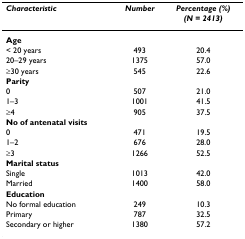
| Characteristic | Number | Percentage (%)(N = 2413) |
 | --- | --- | --- |
 | Age |  |  |
 | < 20 years | 493 | 20.4 |
 | 20–29 years | 1375 | 57.0 |
 | ≥30 years | 545 | 22.6 |
 | Parity |  |  |
 | 0 | 507 | 21.0 |
 | 1–3 | 1001 | 41.5 |
 | ≥4 | 905 | 37.5 |
 | No of antenatal visits |  |  |
 | 0 | 471 | 19.5 |
 | 1–2 | 676 | 28.0 |
 | ≥3 | 1266 | 52.5 |
 | Marital status |  |  |
 | Single | 1013 | 42.0 |
 | Married | 1400 | 58.0 |
 | Education |  |  |
 | No formal education | 249 | 10.3 |
 | Primary | 787 | 32.5 |
 | Secondary or higher | 1380 | 57.2 |